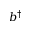
b ^ { \dagger }